Juri_Uluots, lk 57
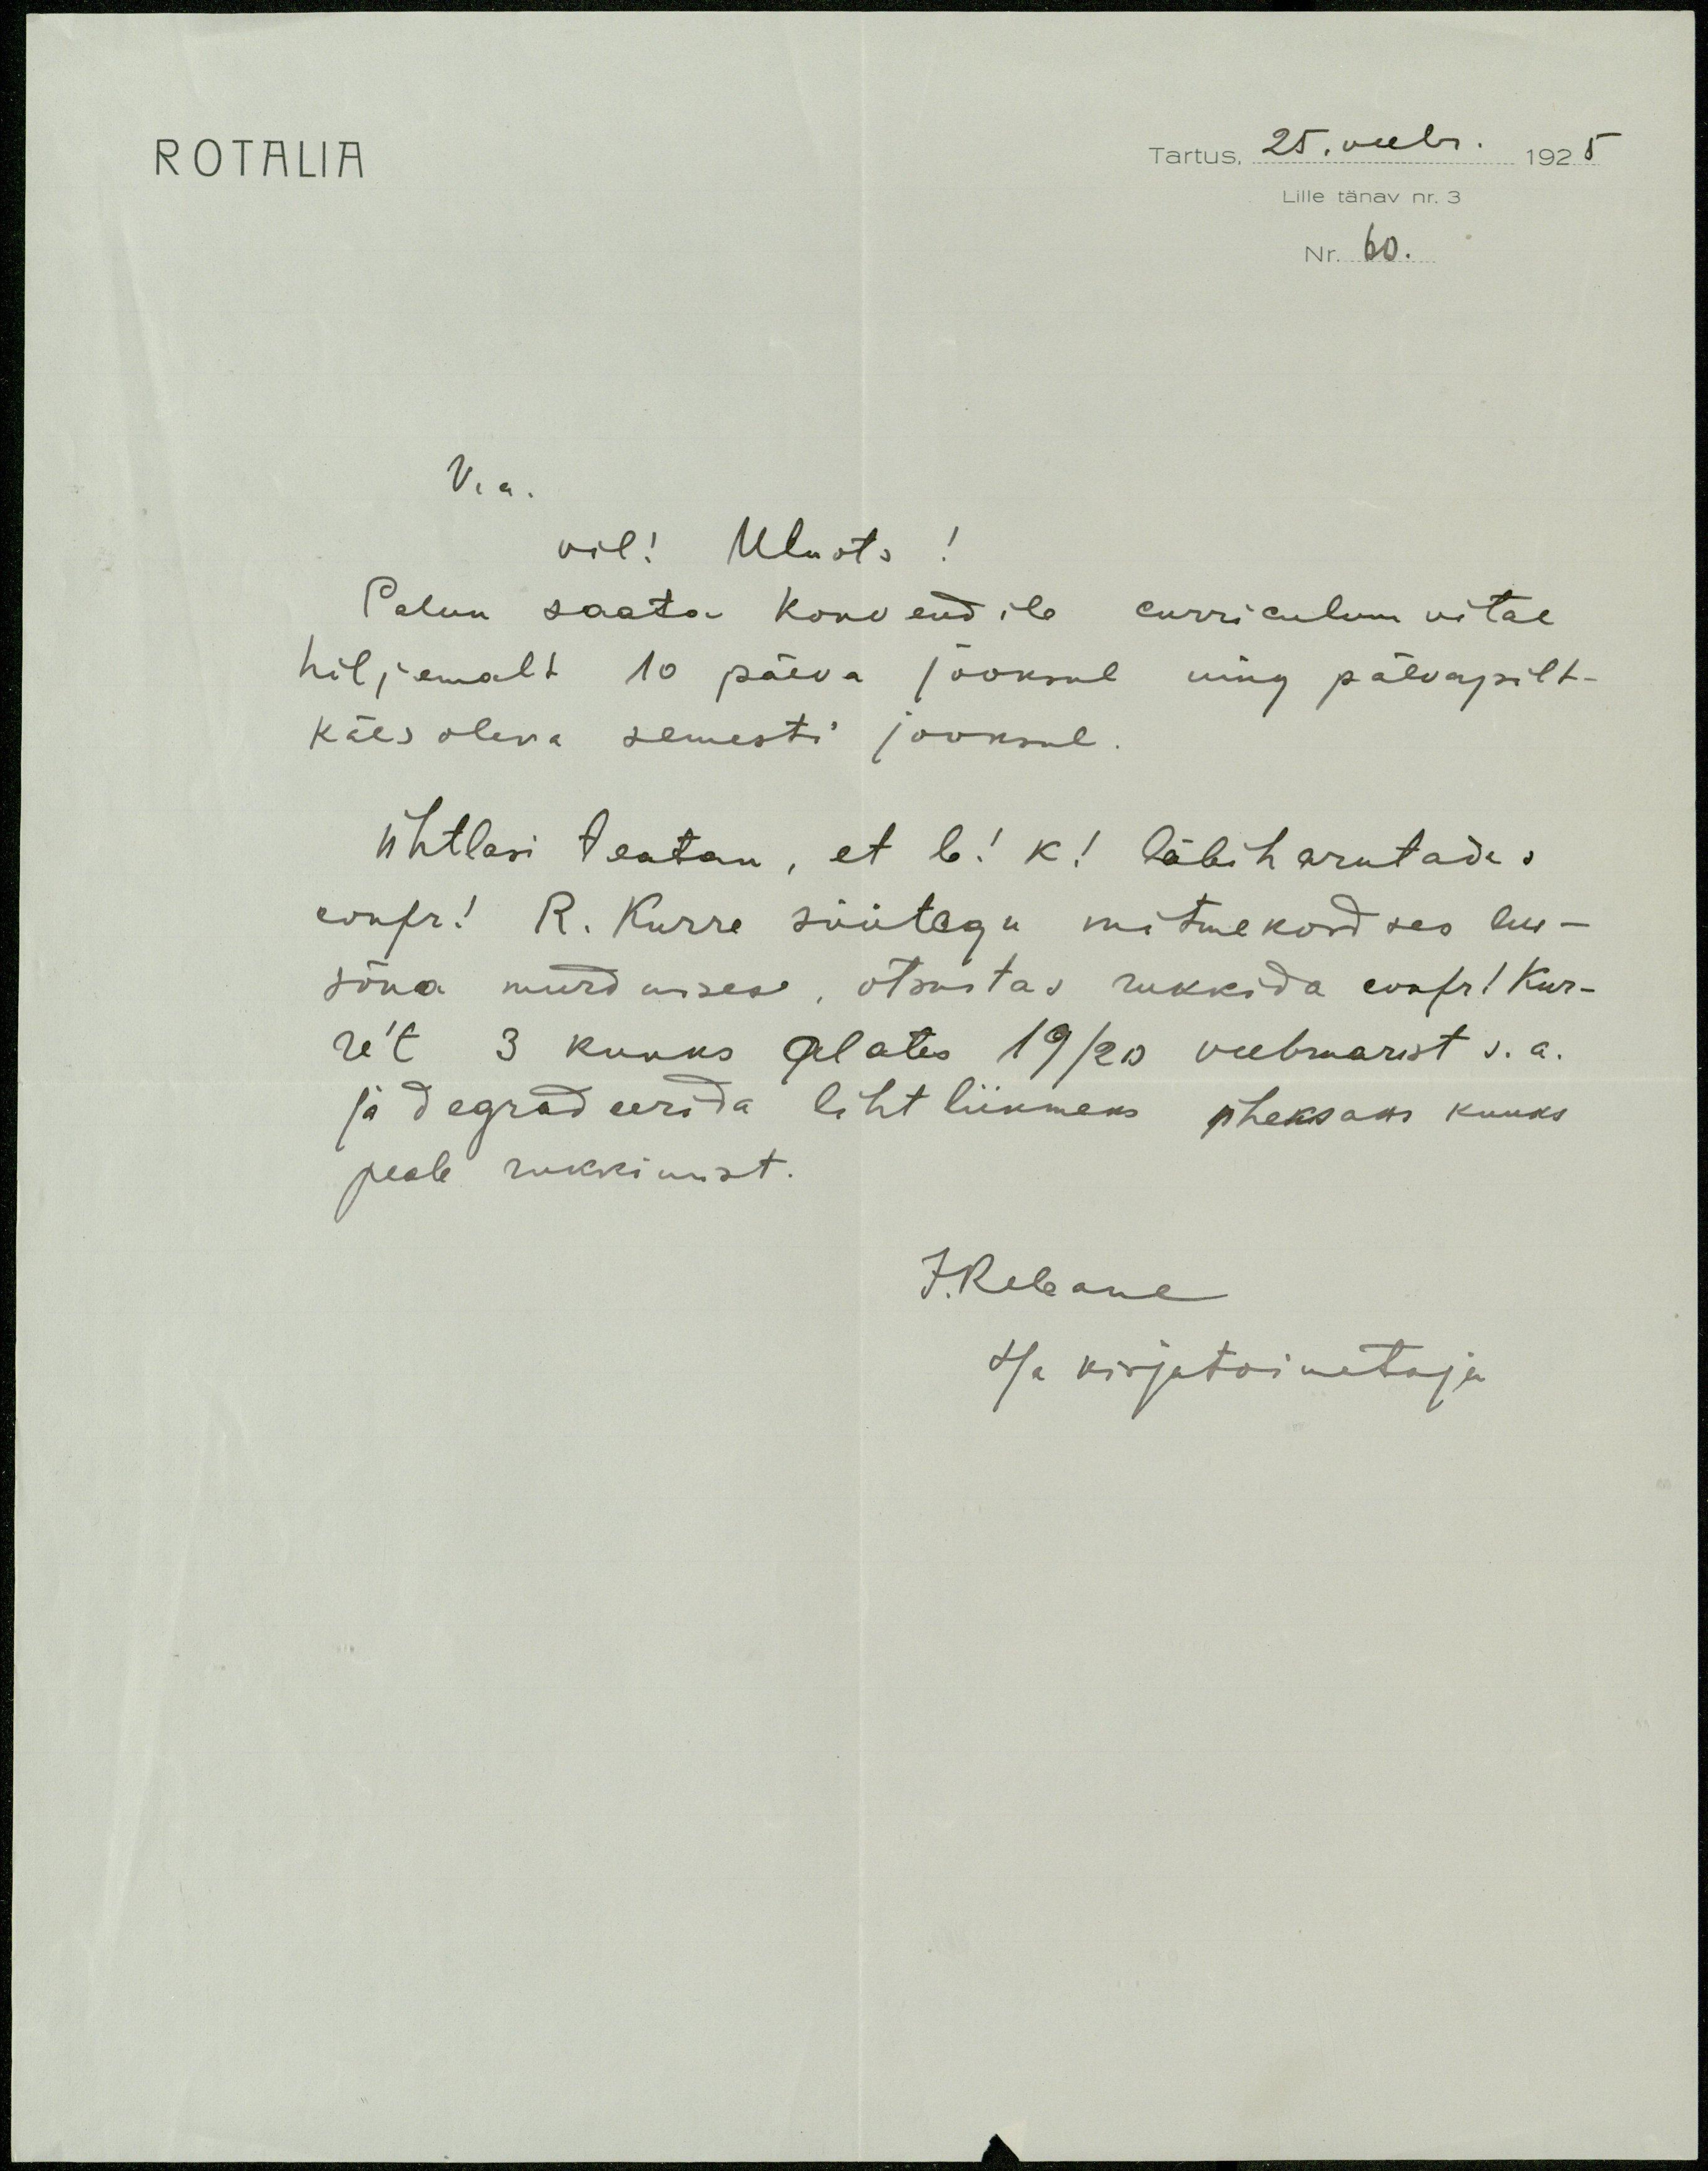
ROTALIA
Tartus 25.veebr. 1925
Lille tänav nr. 3
Nr. 60.
V. a.
vil! Uluots!
Palun saata konvendile curriculum vitae
hiljemalt 10 päeva jooksul ning päevapilt
käes oleva semesti jooksul
Ühtlasi teatan, et b! k! läbiharutada
confr! R. Kurre süütegu mitmekordses au-
sõna murdmises, otsustas rukkida confr! Kur-
e't 3 kuuks alates 19/20 veebruarist s. a.
ja degradeerida lihtliikmeks üheksaks kuuks
peale rukkimist.
J. Rebane
Isa kirjatoimetaja